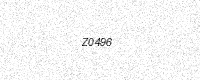
Text: Z0496